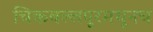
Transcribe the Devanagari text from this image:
चिकबल्लपूरमधूनच